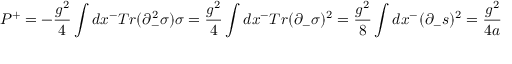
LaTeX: P ^ { + } = - { \frac { g ^ { 2 } } { 4 } } \int d x ^ { - } T r ( \partial _ { - } ^ { 2 } \sigma ) \sigma = { \frac { g ^ { 2 } } { 4 } } \int d x ^ { - } T r ( \partial _ { - } \sigma ) ^ { 2 } = { \frac { g ^ { 2 } } { 8 } } \int d x ^ { - } ( \partial _ { - } s ) ^ { 2 } = { \frac { g ^ { 2 } } { 4 a } }